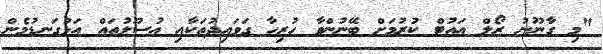
"މި ގާނޫނު ރޯލް އައުޓް ކުރުމަށް ބޭނުންވާ ހުރިހާ ގަވައިދުތަކާއި އުސޫލުތައް އަޅުގަނޑުމެން